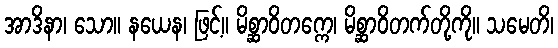
အာဒိနာ၊ သော။ နယေန၊ ဖြင့်။ မိစ္ဆာဝိတက္ကေ၊ မိစ္ဆာဝိတက်တို့ကို။ သမေတိ၊